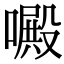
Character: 𠿍